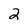
Character: 2